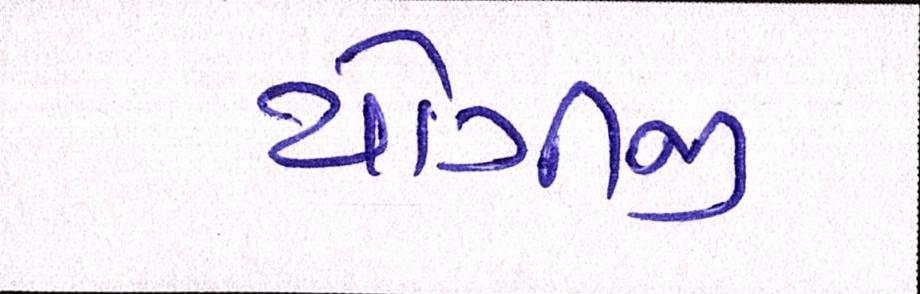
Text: યોગીજી